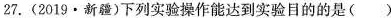
27.(2019·新疆)下列实验操作能达到实验目的的是()